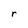
Character: r